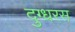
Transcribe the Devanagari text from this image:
दुग्धरस